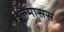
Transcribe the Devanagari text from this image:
लैमासस